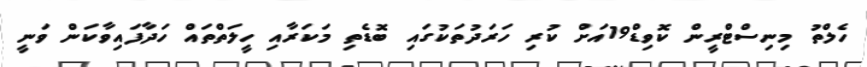
ހެލްތު މިނިސްޓްރީން ކޮވިޑް19އަށް ކުރި ހަރަދުތަކުގައި ބޮޑެތި މަކަރާއި ހީލަތްތައް ހަދާފައިވާކަން ވަނީ